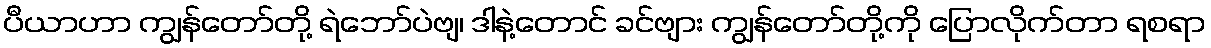
ပီယာဟာ ကျွန်တော်တို့ ရဲဘော်ပဲဗျ၊ ဒါနဲ့တောင် ခင်ဗျား ကျွန်တော်တို့ကို ပြောလိုက်တာ ရစရာ